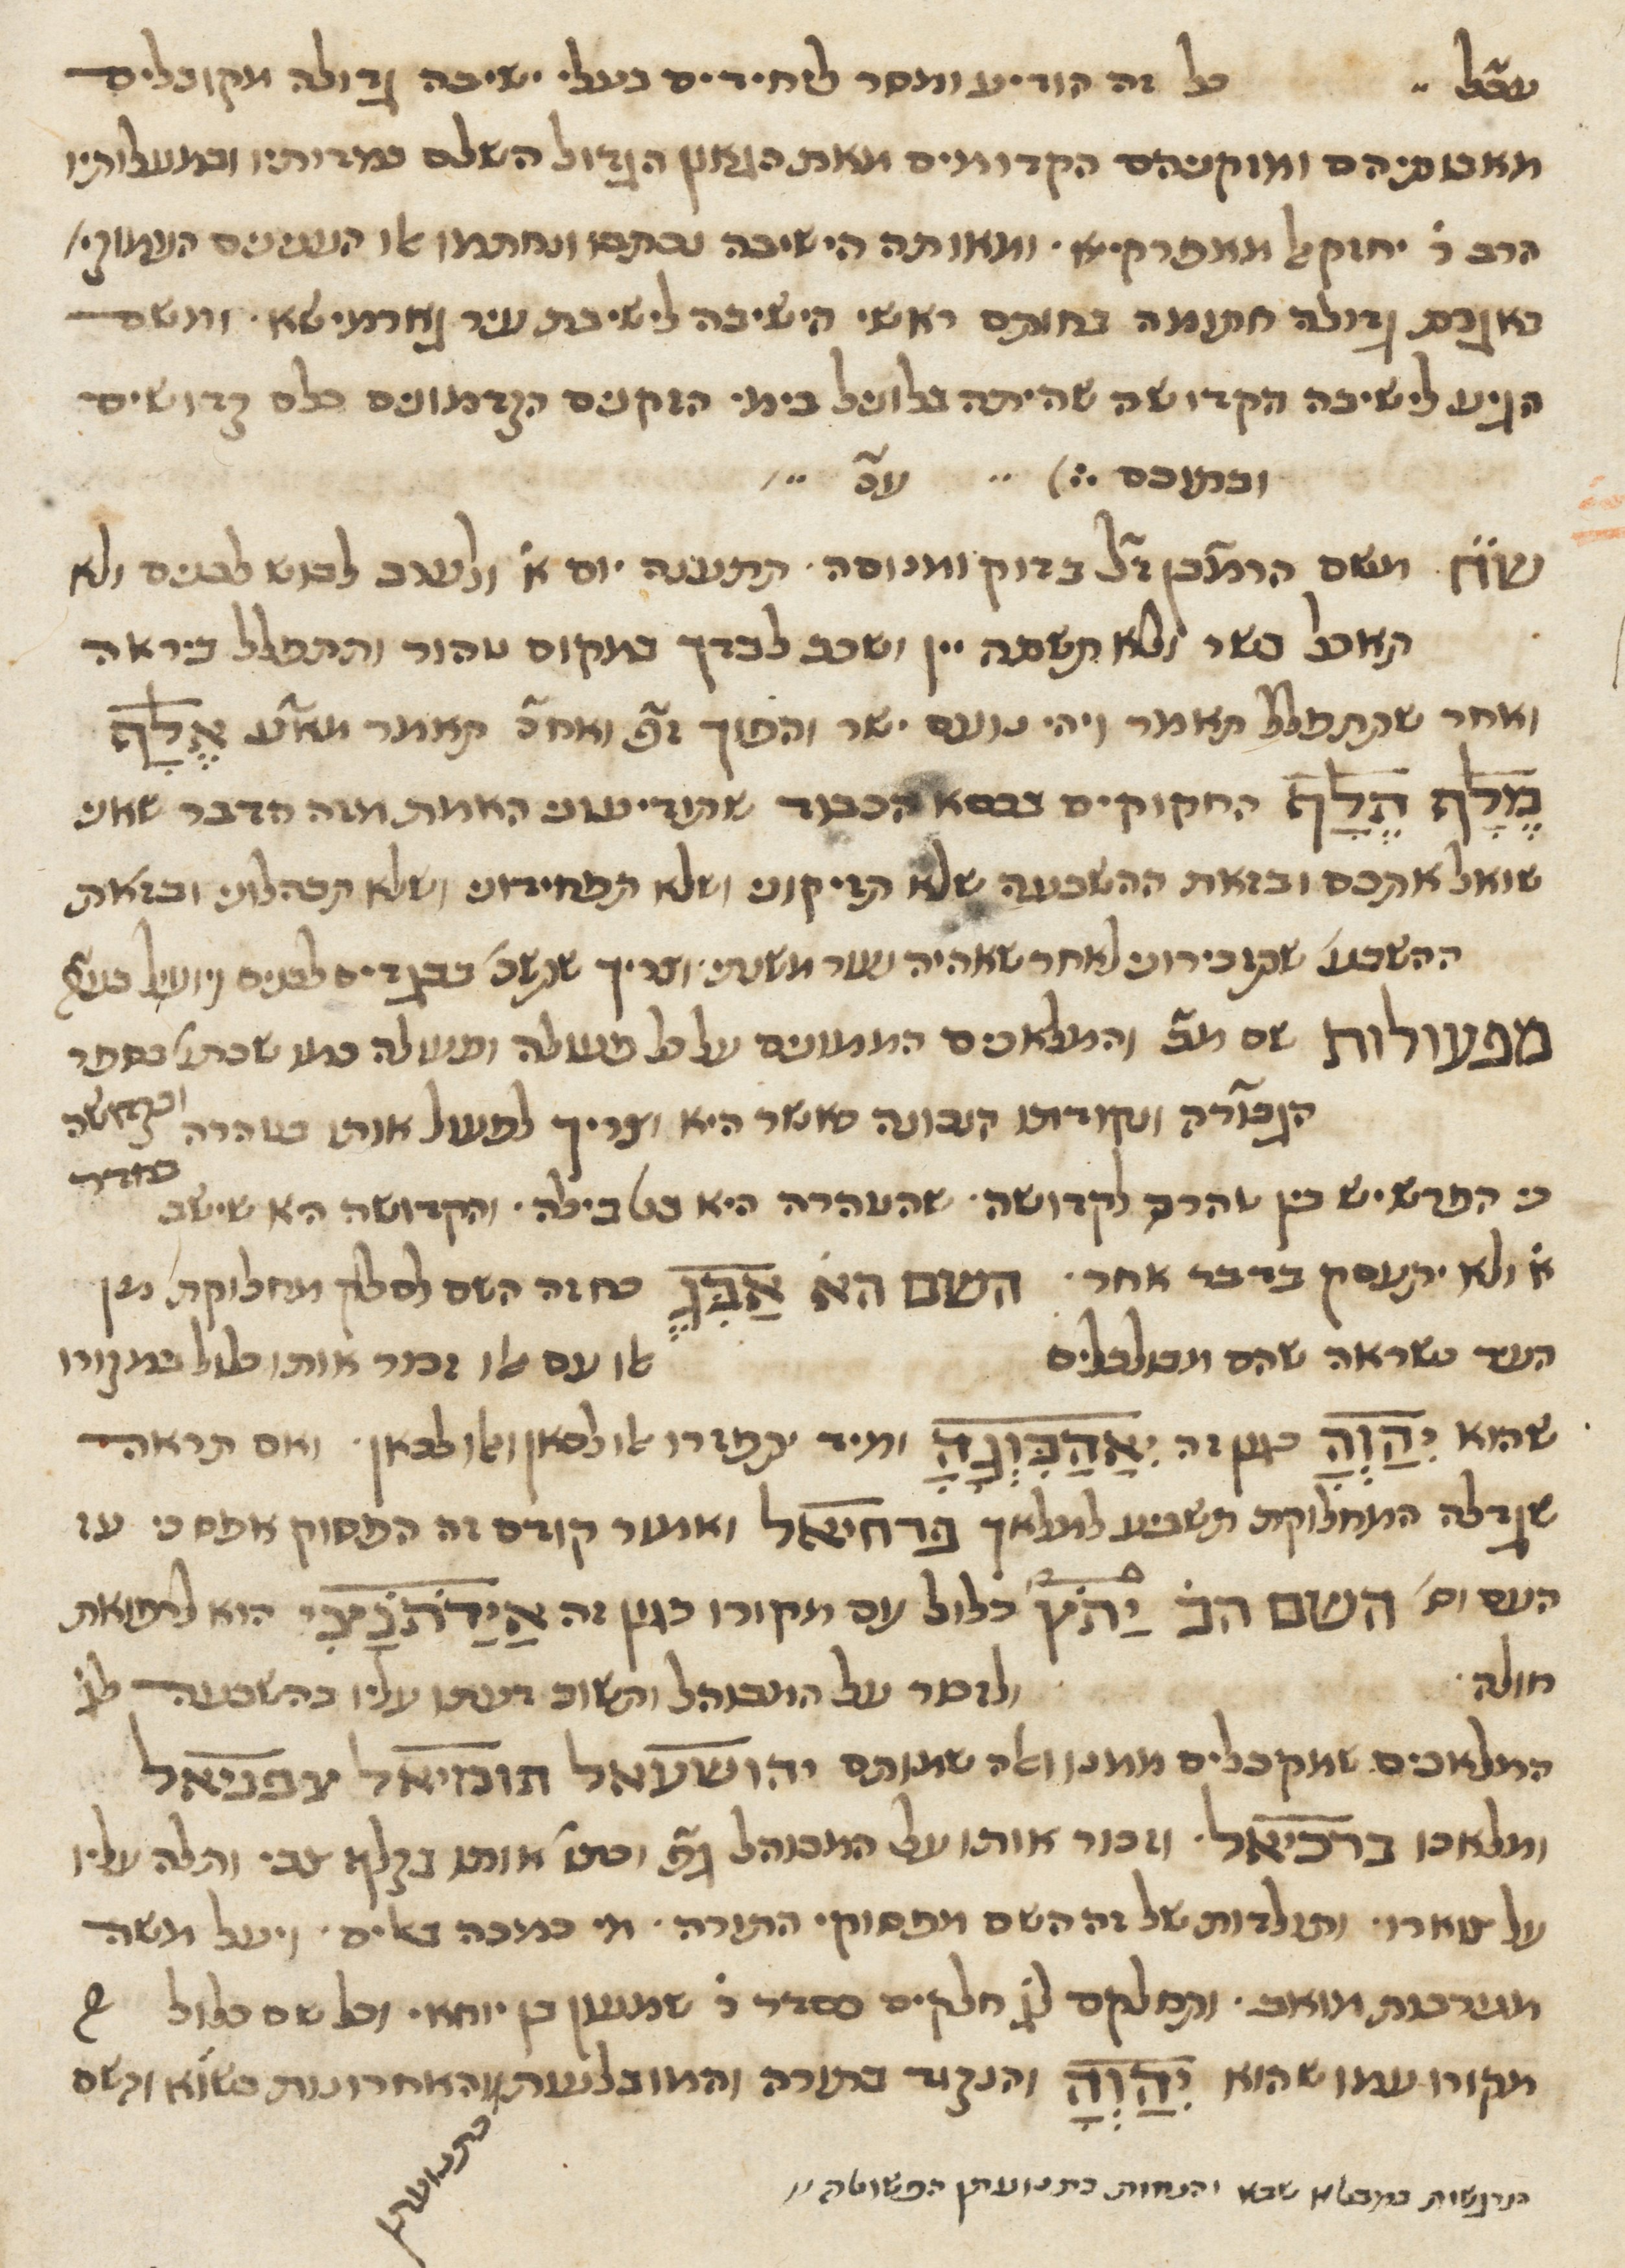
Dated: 1400–1799